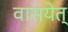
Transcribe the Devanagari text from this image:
वासयेत्